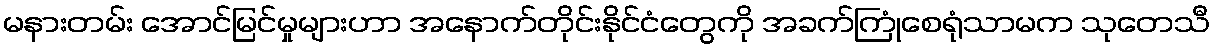
မနားတမ်း အောင်မြင်မှုများဟာ အနောက်တိုင်းနိုင်ငံတွေကို အခက်ကြုံစေရုံသာမက သုတေသီ